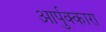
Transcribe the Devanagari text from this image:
आर्पुक्कारा